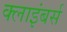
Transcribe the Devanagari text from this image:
क्लाइंबर्स